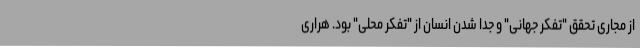
از مجاری تحقق "تفکر جهانی" و جدا شدن انسان از "تفکر محلی" بود. هراری